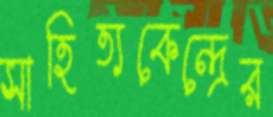
সাহিত্যকেন্দ্রের